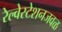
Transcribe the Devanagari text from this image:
रेल्वेस्टेशनजवळ